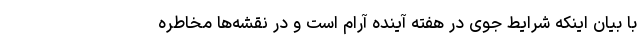
با بیان اینکه شرایط جوی در هفته آینده آرام است و در نقشه‌ها مخاطره